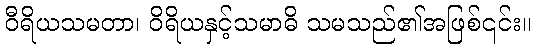
ဝီရိယသမတာ၊ ဝိရိယနှင့်သမာဓိ သမသည်၏အဖြစ်၎င်း။